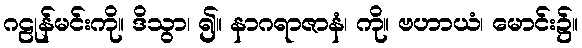
ဂဠုန်မင်းကို။ ဒိသွာ၊ ၍။ နာဂရာဇာနံ၊ ကို။ ဗဟာယံ၊ မောင်း၌။